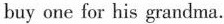
buy one for his grandma.